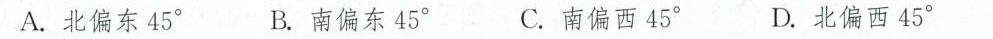
A.北偏东45° B.南偏东45° C.南偏西45° D.北偏西45°